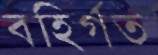
বহির্গত